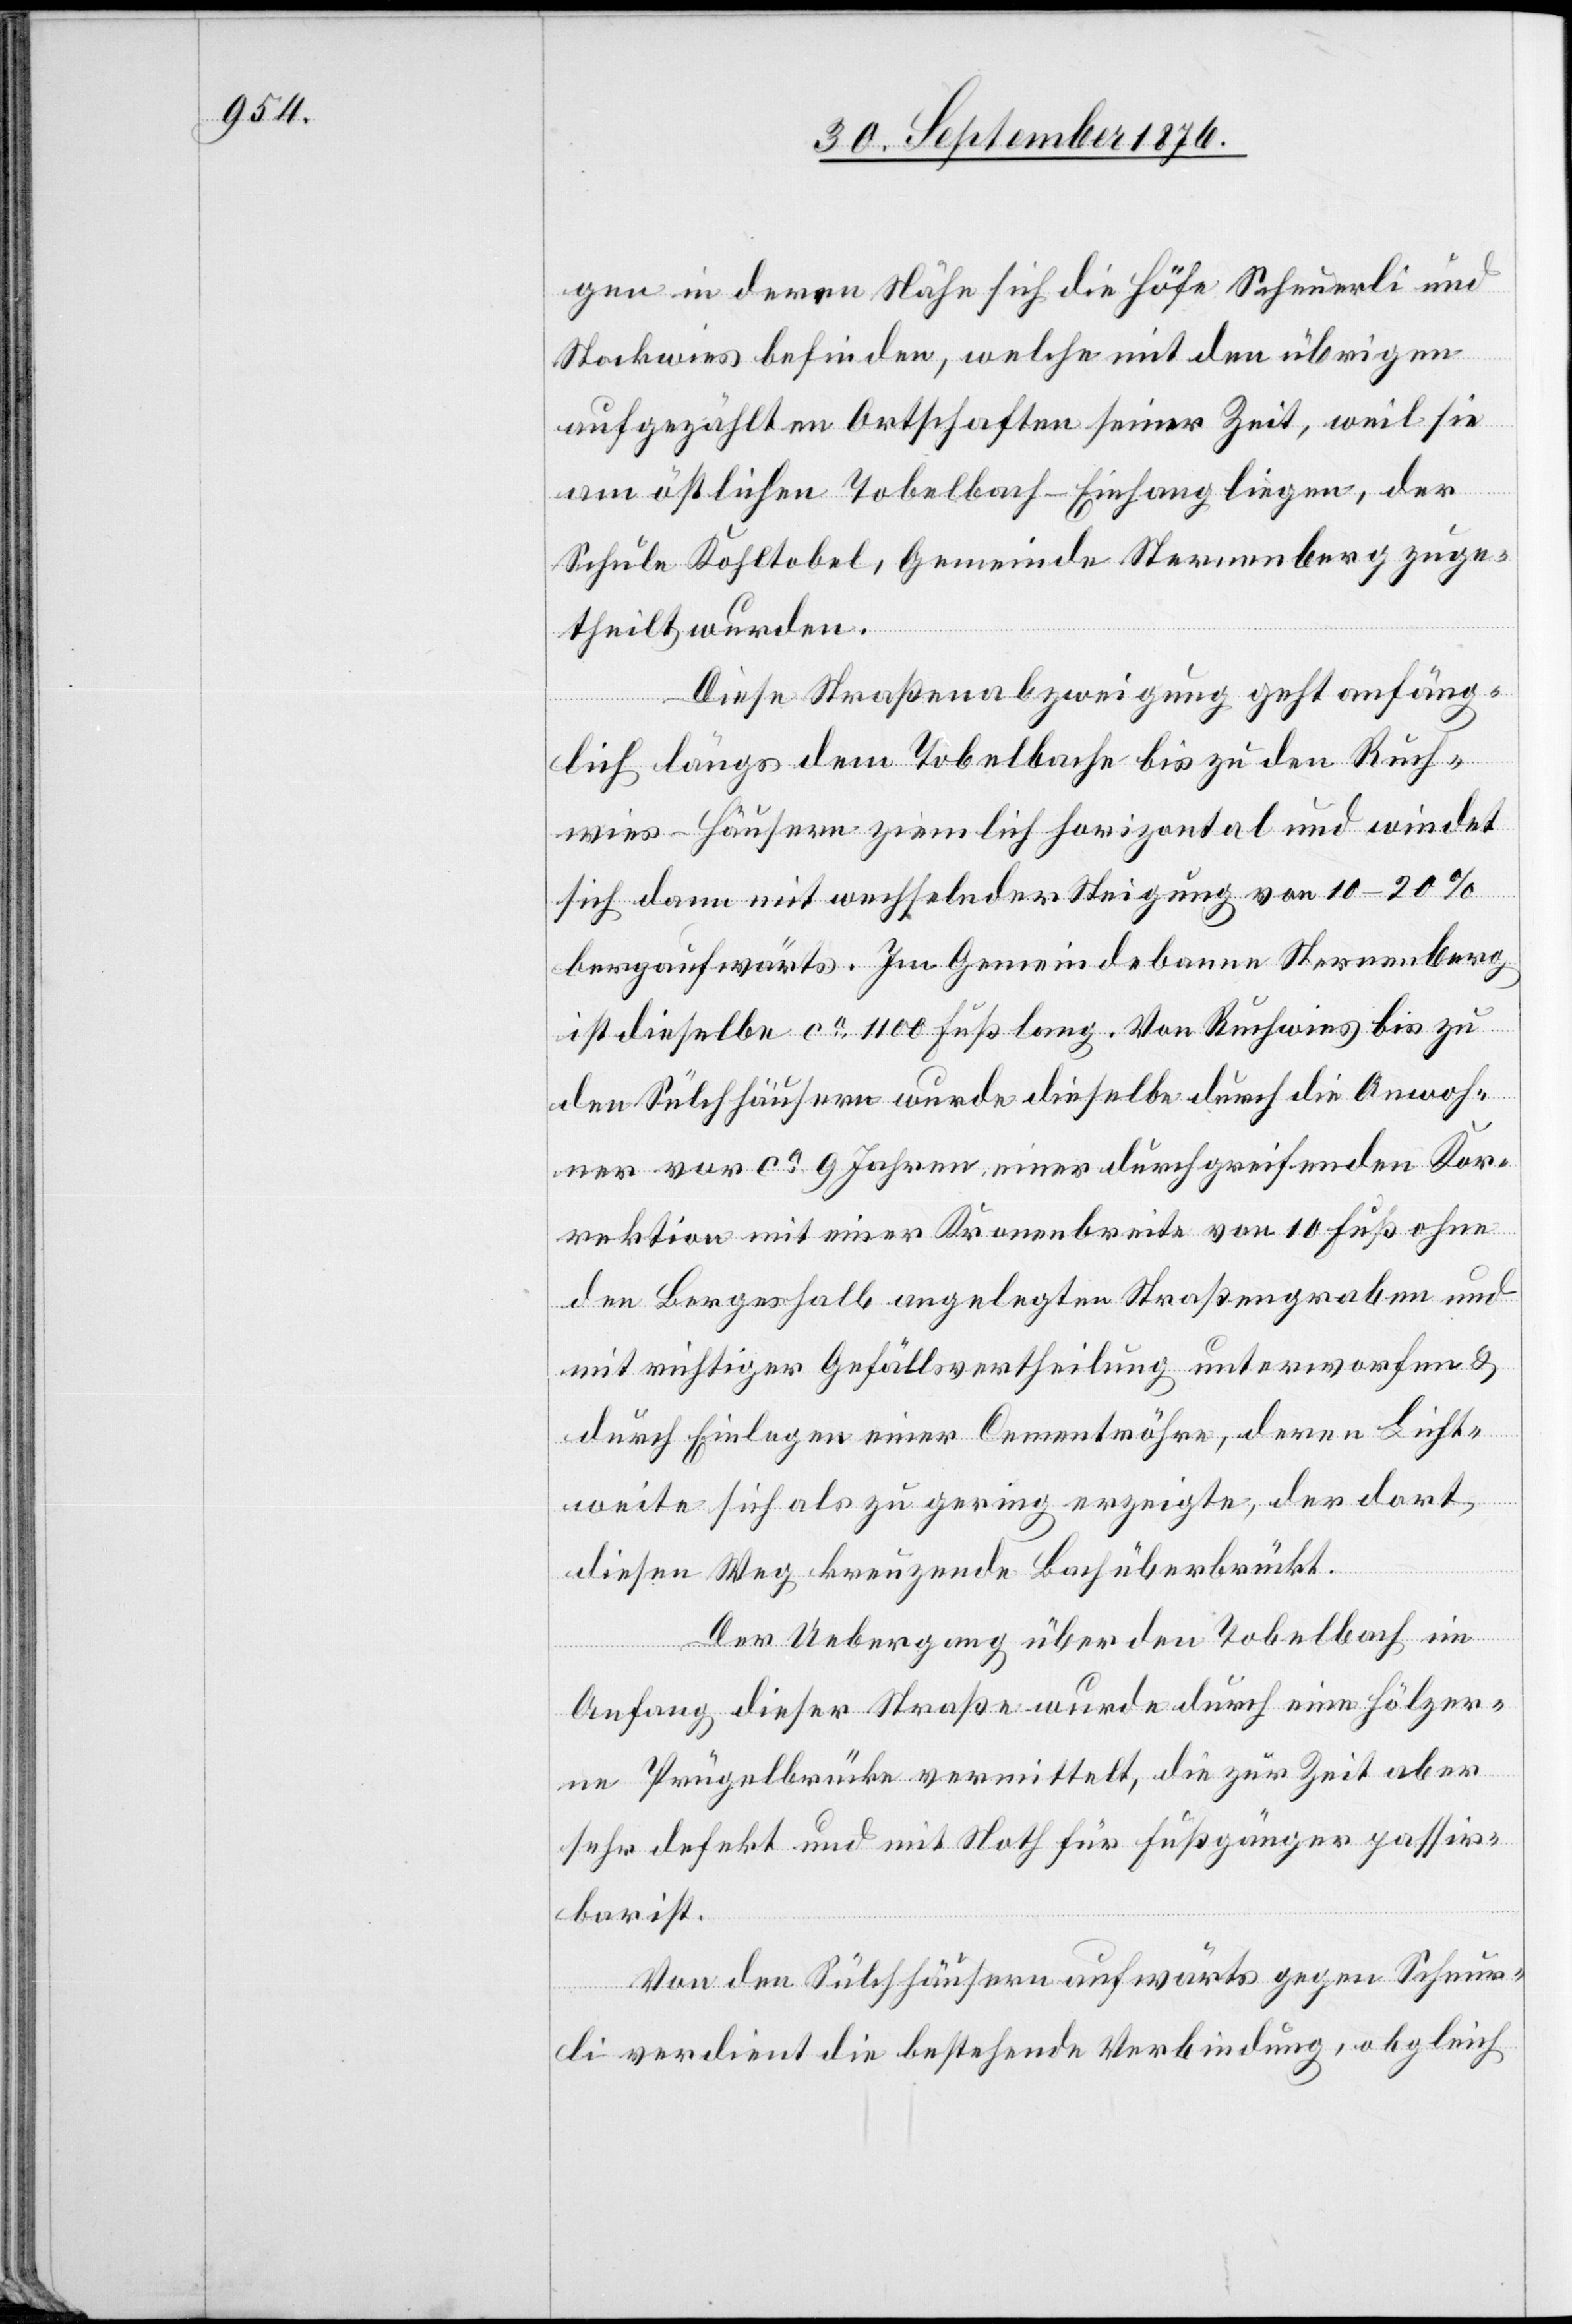
gen in deren Nähe sich die Höfe Scheurli und
Stockwies befinden, welche mit den übrigen
aufgezählten Ortschaften seiner Zeit, weil sie
am östliche Tobelbach-Eingang liegen, der
Schule Kohltobel, Gemeinde Sternenberg zuge¬
theilt wurden.
Diese Straßenabzweigung geht anfäng¬
lich längs dem Tobelbache bis zu den Ruch¬
wies-Häusern ziemlich horizontal und windet
sich dann mit wechselnder Steigung von 10–20%
bergaufwärts. Im Gemeindebanne Sternenberg
ist dieselbe ca 1100 Fuß lang. Von Ruchwies bis zu
den Sülchhäusern wurde dieselbe durch die Anwoh¬
ner vor ca 9 Jahren einer durchgreifenden Kor¬
rektion mit einer Kronenbreite von 10 Fuß ohne
den Bergeshalb angelegten Straßengraben und
mit richtiger Gefällsvertheilung unterworfen &
durch Einlagen einer Cementröhre, deren Licht¬
weite sich als zu gering erzeigte, der dort
diesen Weg kreuzende Bach überbrückt.
Der Uebergang über den Tobelbach im
Anfang dieser Straße wurde durch eine hölzer¬
ne Prügelbrücke vermittelt, die zur Zeit aber
sehr defekt und mit Noth für Fußgänger passir¬
bar ist.
Von den Sülchhäusern aufwärts gegen Scheur¬
li verdient die bestehende Verbindung, obgleich